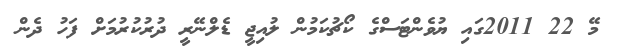
މޭ 22 2011ގައި ޔުވެންޓަސްގެ ކޯޗުކަމުން ލުއިޖީ ޑެލްނޭރީ ދުރުކުރުމަށް ފަހު ދެން